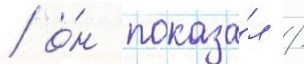
/ о́н показа́л /